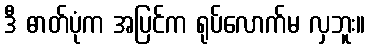
ဒီ ဓာတ်ပုံက အပြင်က ရုပ်လောက်မ လှဘူး။